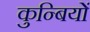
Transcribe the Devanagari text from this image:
कुन्बियों